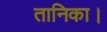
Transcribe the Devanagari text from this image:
तानिका।